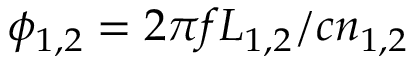
\phi _ { 1 , 2 } = 2 \pi f L _ { 1 , 2 } / c n _ { 1 , 2 }